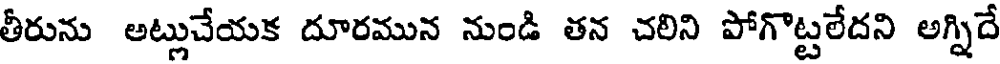
తీరును అట్లుచేయక దూరమున నుండి తన చలిని పోగొట్టలేదని అగ్నిదే